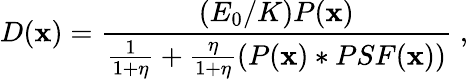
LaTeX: D(\mathbf{x})=\frac{{(E_{0}/K)P(\mathbf{x})}}{{\frac{{1}}{{1+\eta}}+\frac{{\eta}}{{1+\eta}}(P(\mathbf{x})*PSF(\mathbf{x}))}}\; ,